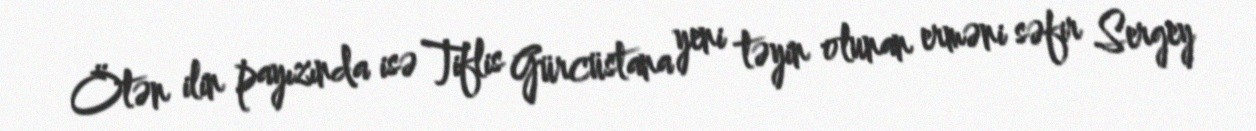
Ötən ilin payızında isə Tiflis Gürcüstana yeni təyin olunan erməni səfir Sergey